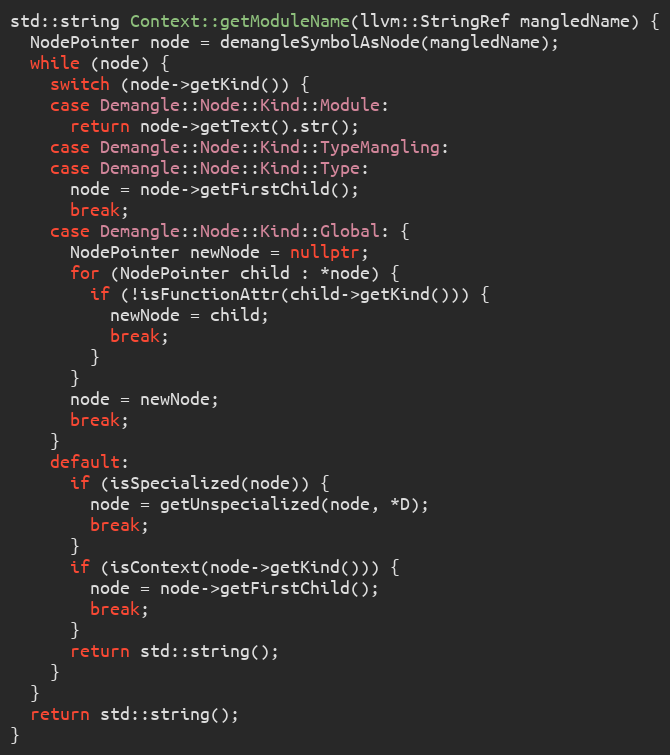
Language: C++
std::string Context::getModuleName(llvm::StringRef mangledName) {
  NodePointer node = demangleSymbolAsNode(mangledName);
  while (node) {
    switch (node->getKind()) {
    case Demangle::Node::Kind::Module:
      return node->getText().str();
    case Demangle::Node::Kind::TypeMangling:
    case Demangle::Node::Kind::Type:
      node = node->getFirstChild();
      break;
    case Demangle::Node::Kind::Global: {
      NodePointer newNode = nullptr;
      for (NodePointer child : *node) {
        if (!isFunctionAttr(child->getKind())) {
          newNode = child;
          break;
        }
      }
      node = newNode;
      break;
    }
    default:
      if (isSpecialized(node)) {
        node = getUnspecialized(node, *D);
        break;
      }
      if (isContext(node->getKind())) {
        node = node->getFirstChild();
        break;
      }
      return std::string();
    }
  }
  return std::string();
}